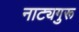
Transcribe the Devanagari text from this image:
नाट्यगुरू